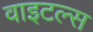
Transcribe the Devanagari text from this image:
वाइटल्स